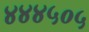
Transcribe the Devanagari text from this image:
४४४५०५